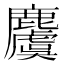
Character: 𪋬